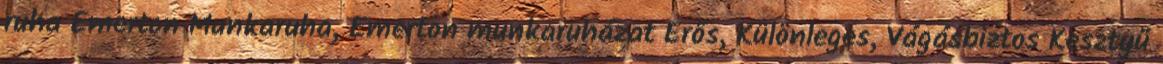
ruha Emerton Munkaruha, Emerton munkaruházat Erős, Különleges, Vágásbiztos Kesztyű